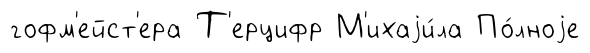
гофм'ейст'ера Т'ерцифр М'ихаjи́ла По́лноjе